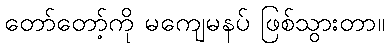
တော်တော့်ကို မကျေမနပ် ဖြစ်သွားတာ။